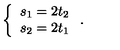
\left\{ \begin{array} { l l } { s _ { 1 } = 2 t _ { 2 } } \\ { s _ { 2 } = 2 t _ { 1 } } \\ \end{array} \right. .